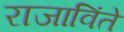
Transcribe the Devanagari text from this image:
राजाविंते